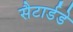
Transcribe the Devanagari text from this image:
सैटार्डडे